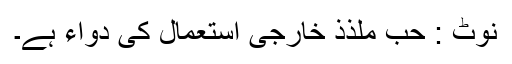
نوٹ : حبِّ مُلذِّذ خارجی استعمال کی دواء ہے۔